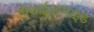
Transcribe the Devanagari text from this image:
डीथाईलामाइड